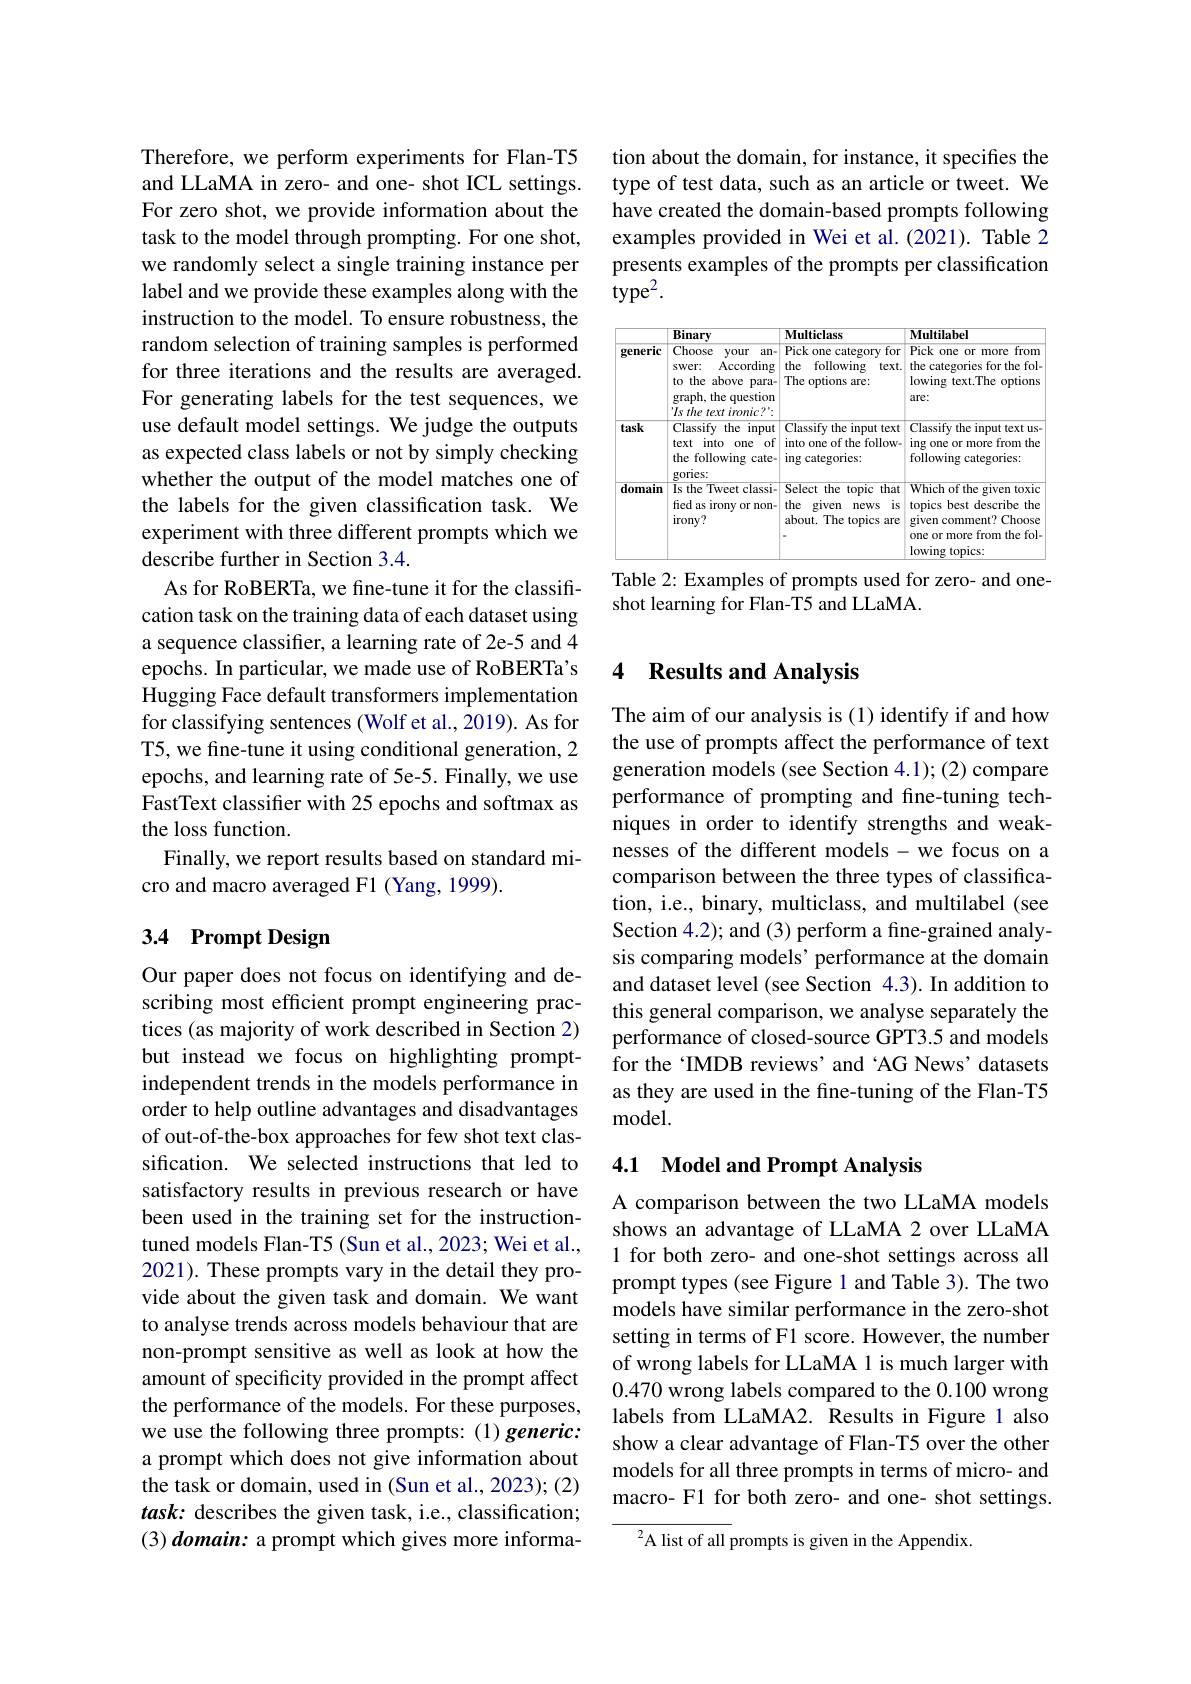
Therefore, we perform experiments for Flan-T5 and LLaMA in zero- and one- shot ICL settings. For zero shot, we provide information about the task to the model through prompting. For one shot, we randomly select a single training instance per label and we provide these examples along with the instruction to the model. To ensure robustness, the random selection of training samples is performed for three iterations and the For generating labels for th use default model settings. We judge the outputs as expected class labels or not by simply checking whether the output of the model matches one of the labels for the given classification task. We experiment with three different prompts which we describe further in Section 3.4.
As for RoBERTa, we fine-tune it for the classification task on the training data of each dataset using a sequence classifier, a learning rate of 2e-5 and 4 epochs. In particular, we made use of RoBERTa's Hugging Face default transformers implementation for classifying sentences (Wolf et al., 2019). As for T5, we fine-tune it using conditional generation, 2 epochs, and learning rate of FastText classifier with 25 epochs and softmax as the loss function.
Finally, we report results based on standard mi-
cro and macro averaged F1 (Yang, 1999).

## 3.4 Prompt Design

Our paper does not focus on identifying and describing most efficient prompt engineering practices (as majority of work described in Section 2) but instead we focus on highlighting promptindependent trends in the models performance in order to help outline advantages and disadvantages of out-of-the-box approaches for few shot text classification. We selected instructions that led to satisfactory results in prev been used in the training set for the instructiontuned models Flan-T5 (Sun et al., 2023; Wei et al., 2021). These prompts vary in the detail they provide about the given task and domain. We want to analyse trends across models behaviour that are non-prompt sensitive as well as look at how the amount of specificity provided in the prompt affect the performance of the models. For these purposes, we use the following three p a prompt which does not give information about the task or domain, used in (Sun et al., 2023); (2) $task:$ describes the given task, i.e., classification; (3) domain: a prompt which g

tion about the domain, for instance, it specifies the type of test data, such as an article or tweet. We have created the domain-based prompts following examples provided in Wei et al.(2021). Table 2 presents examples of the prompts per classification $\mathrm{type}^{2}.$

<table>
	<tbody>
		<tr>
			<th> </th>
			<th>Binary</th>
			<th>Multiclass</th>
			<th>Multilabel</th>
		</tr>
		<tr>
			<td>generic</td>
			<td>Choose your $an=$ According swer: to the above $\mathbf{Para-}$ graph, the question 'Is the text ironic?'</td>
			<td>Pick one category for the following $text.$ The options are:</td>
			<td>Pick one or more e from the categories for the fol- lowing text.The options $are:$</td>
		</tr>
		<tr>
			<td>task</td>
			<td>Classify the input text into one of the following $cate.$ gories:</td>
			<td>Classify the input text into one of the follow- ing categories:</td>
			<td>Classify the input text us- ing g one or more from the following g categories:</td>
		</tr>
		<tr>
			<td>domain</td>
			<td>Is the Tweet classi- fied as irony y or non- $irony?$</td>
			<td>Select the topic that $\frac{5}{1}$ $=\frac{1}{2}$ the given is news about. The topics iare</td>
			<td>Which of the given toxic topics best describe the given comment? Choose one or more from the fol- lowing topics:</td>
		</tr>
	</tbody>
</table>
Table 2: Examples of prompts used for zero- and one-

shot learning for Flan-T5 an

## 4 Results and Analysis

The aim of our analysis is (1) identify if and how the use of prompts affect the performance of text generation models (see Section 4.1);(2) compare performance of prompting and fine-tuning techniques in order to identify strengths and weaknesses of the different models - we focus on a comparison between the three types of classification, i.e., binary, multiclass, and multilabel (see Section 4.2); and (3) pe sis comparing models' perfor and dataset level (see Section 4.3). In addition to this general comparison, we analyse separately the performance of closed-source GPT3.5 and models for the 'IMDB reviews'and‘AG as they are used in the fine-tuning of the Flan-T5 model.

## 4.1 Model and Prompt Analysis

A comparison between the two LLaMA models shows an advantage of LLaMA 2 over LLaMA 1 for both zero- and one-shot settings across all prompt types (see Figure 1 and Table 3). The two models have similar performance in the zero-shot setting in terms of F1 score of wrong labels for LLaMA 1 0.470 wrong labels compared to the 0.100 wrong labels from LLaMA2. Results in Figure 1 also show a clear advantage of Flan-T5 over the other models for all three prompts in terms of micro- and macro- F1 for both zero- and

$^{2}$A list of all prompts is given in the Appendix.